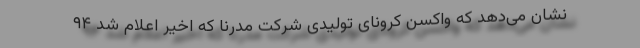
نشان می‌دهد که واکسن کرونای تولیدی شرکت مدرنا که اخیر اعلام شد ۹۴